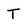
Character: T